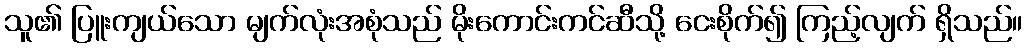
သူ၏ ပြူးကျယ်သော မျက်လုံးအစုံသည် မိုးကောင်းကင်ဆီသို့ ငေးစိုက်၍ ကြည့်လျက် ရှိသည်။